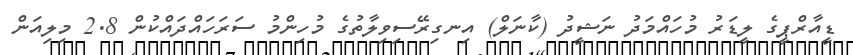
ޑީއާރްޕީގެ ލީޑަރު މުހައްމަދު ނަޝީދު (ކާނަލް) އިނގިރޭސިވިލާތުގެ މުހިންމު ސަރަހައްދައްކުން 2.8 މިލިއަން